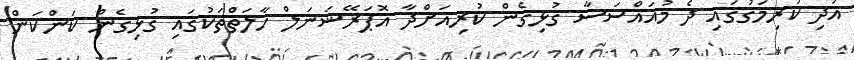
އަދި ކުރިމަގުގައި ދެ މުއައްސަސާ ގުޅިގެން ކުރިއަށްދާ އޮޕަރޭޝަނަލް ހާލަތްތަކުގައި ގުޅިގެން ކަންކަން